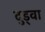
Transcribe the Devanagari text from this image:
दुड्वा